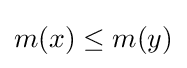
m(x)\leq m(y)